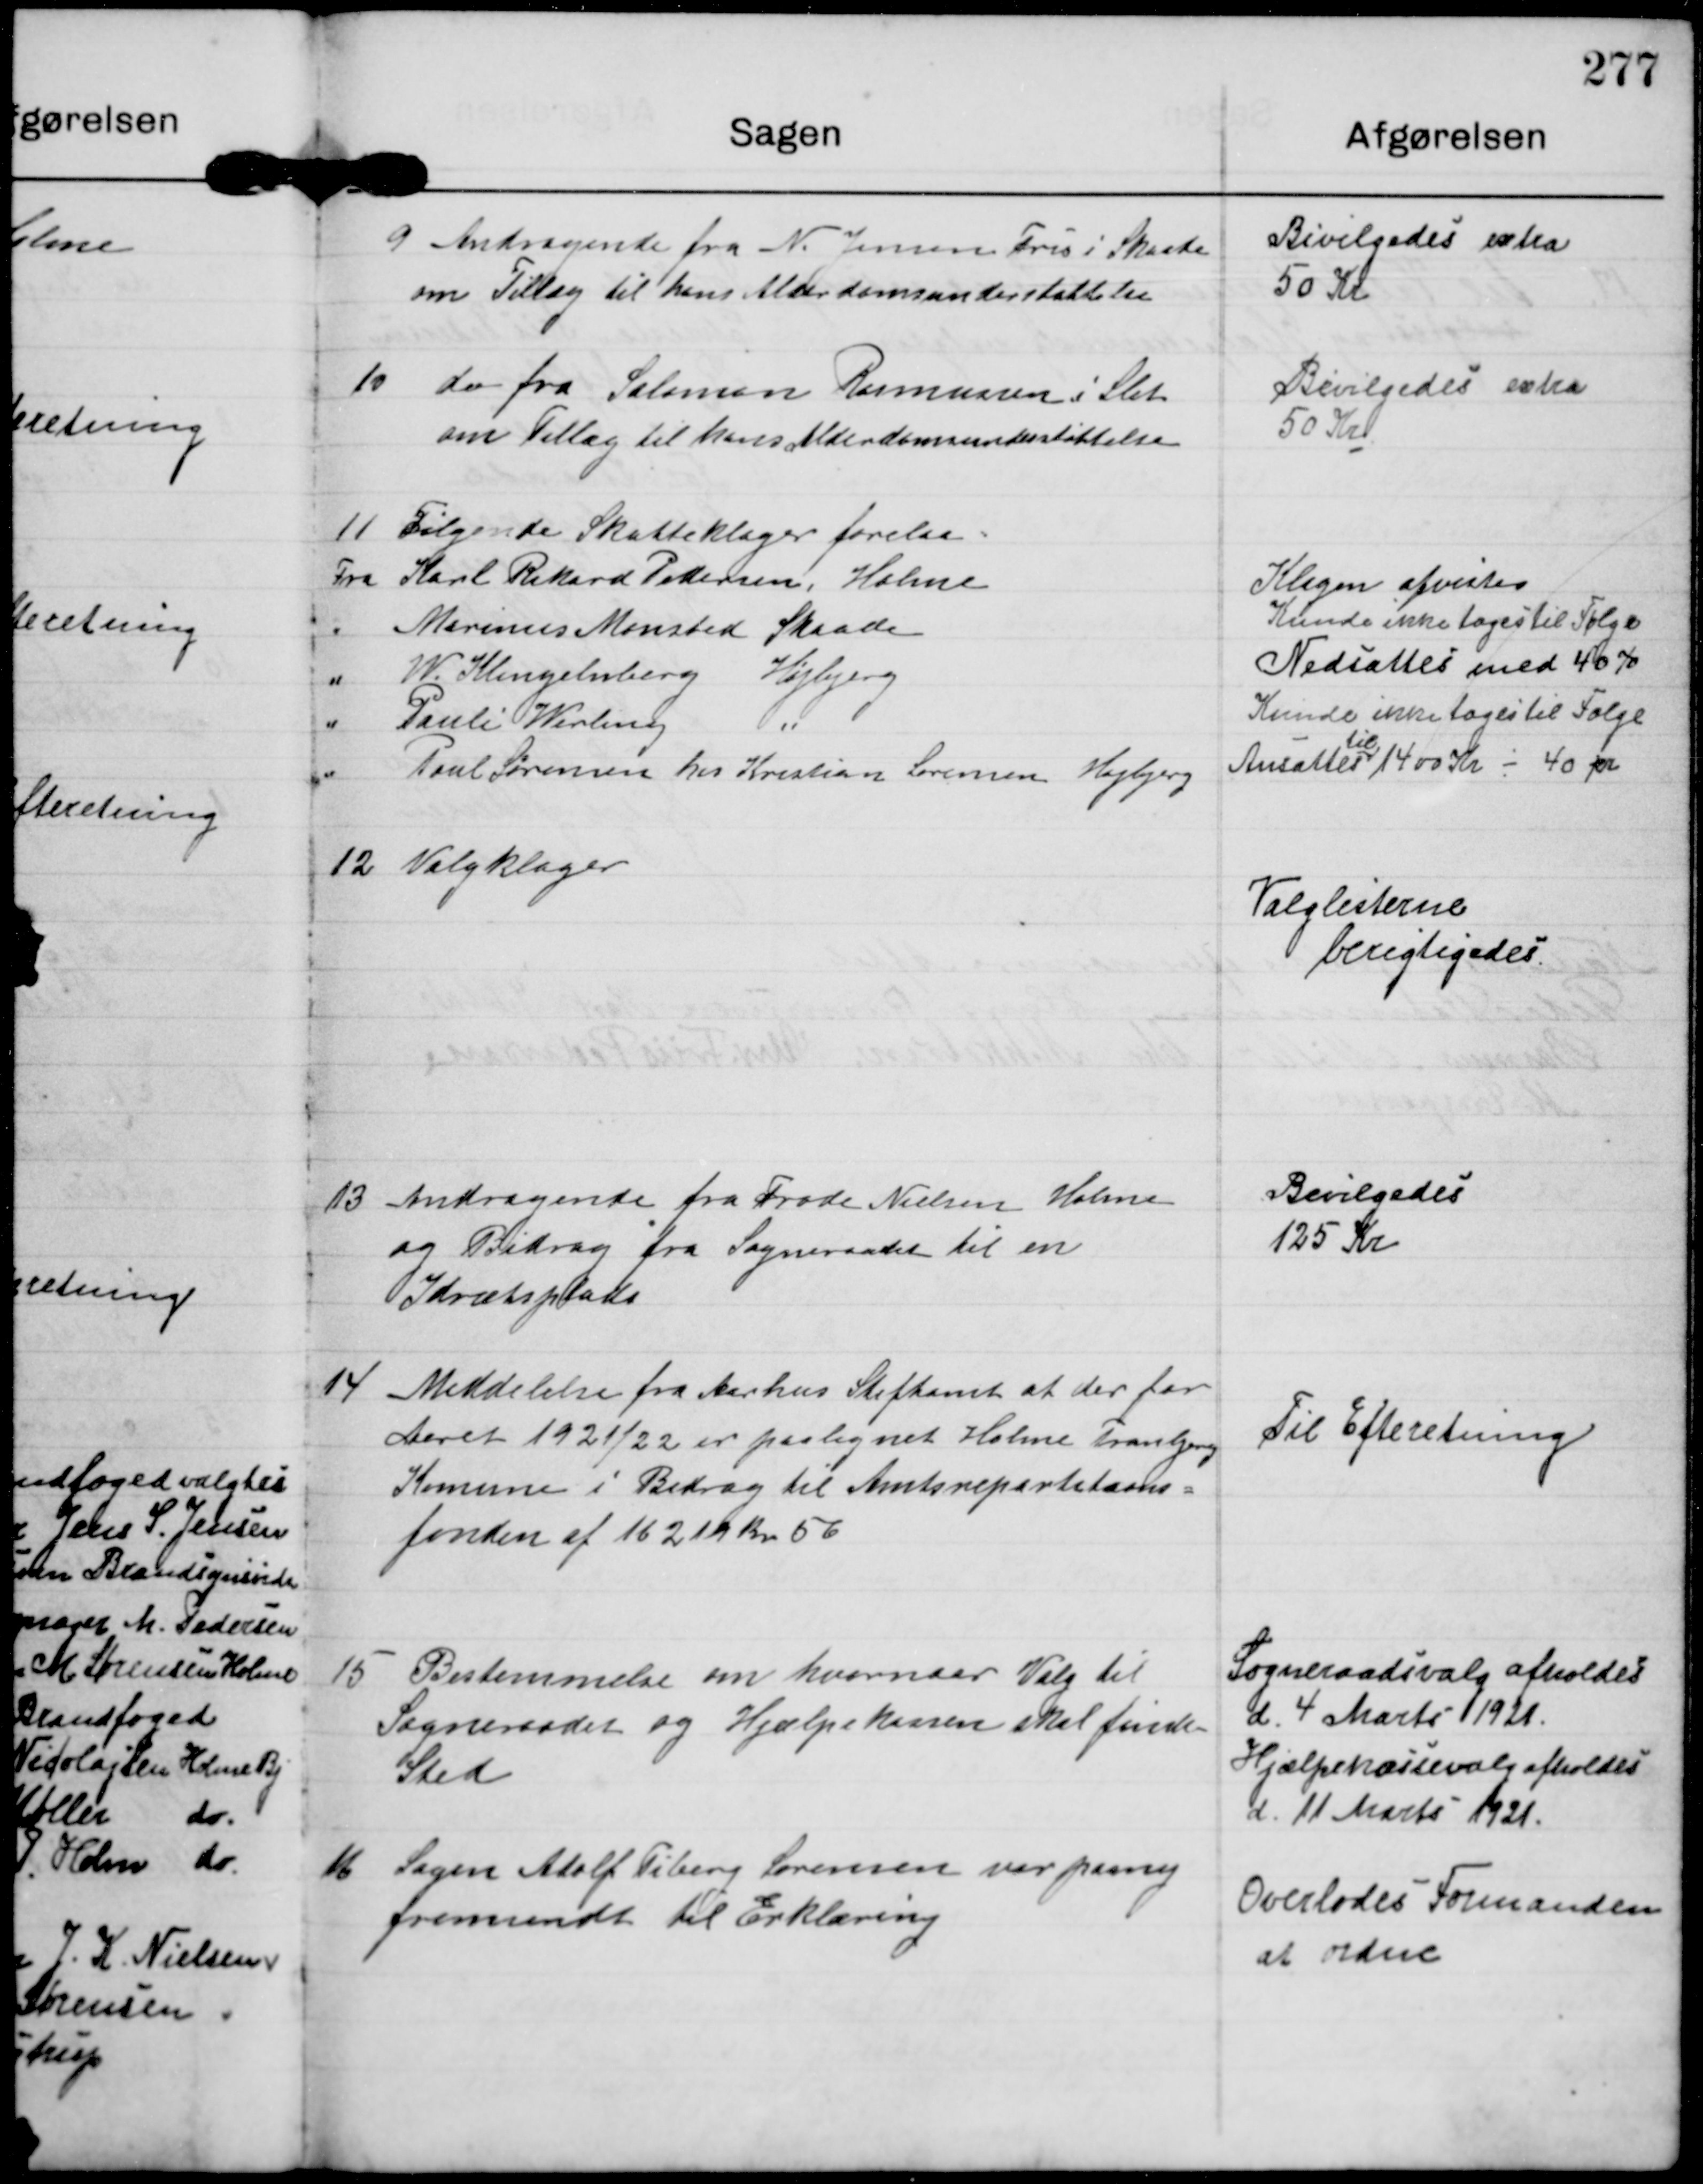
Transskription:
9

Andragende fra N. Jensen Fris i Skaade
om Tillæg til hans Alderdomsunderstøttelse

Bevilgedes extra
50 Kr.

10

do fra Salomon Rasmussen i Slet
om Tillæg til hans Alderdomsunderstøttelse

Bevilgedes extra
50 Kr

11

Følgende Skatteklager forelaa:
Fra Karl Rikard Pedersen, Holme
Klagen afvistes
  "  Marinus Monsted Skaade.
Kunde ikke tages til Følge
  "  W Klingelnberg Højbjerg
Nedsættes med 40 %
  "  Pauli Werling   "
Kunde ikke tages til Følge
      "  Poul Sørensen hos Kristian Lorensen Højbjerg.
Ansattes 
til
1400 Kr - 40 pc.

12

Valgklager

Valglisterne
berigtigedes.

13

Andragende fra Frode Nielsen Holme
og Bidrag fra Sogneraadet til en
Idrætsplads

Bevilgedes
125 Kr

14

Meddelelse fra Aarhus Stiftamt at der for
Aaret 1921/22 er paalignet Holme Tranbjerg
Komune i Bidrag til Amtsrepartitions-
fonden af 16219 Kr 56

Til Efteretning.

15

Bestemmelse om hvornaar Valg til
Sogneraadet og Hjælpekassen skal finde
Sted

Sogneraadsvalg afholdes
d 4 Marts 1921.
Hjælpekassevalg afholdes
d 11 Marts 1921.

16

Sagen Adolf Fiberg Lorensen var paany
fremsendt til Erklæring

Overlodes Formanden
at ordne